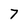
Character: 7